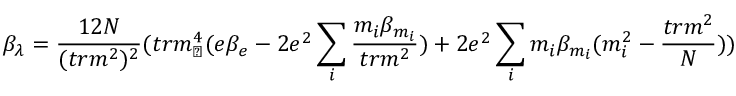
\beta _ { \lambda } = \frac { 1 2 N } { ( t r m ^ { 2 } ) ^ { 2 } } ( t r m _ { \perp } ^ { 4 } ( e \beta _ { e } - 2 e ^ { 2 } \sum _ { i } \frac { m _ { i } \beta _ { m _ { i } } } { t r m ^ { 2 } } ) + 2 e ^ { 2 } \sum _ { i } m _ { i } \beta _ { m _ { i } } ( m _ { i } ^ { 2 } - \frac { t r m ^ { 2 } } { N } ) )